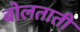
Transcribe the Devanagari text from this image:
बोलताती